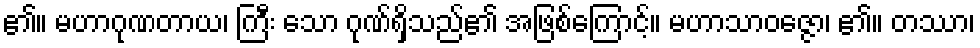
၏။ မဟာဂုဏတာယ၊ ကြီး သော ဂုဏ်ရှိသည်၏ အဖြစ်ကြောင့်။ မဟာသာဝဇ္ဇော၊ ၏။ တဿာ၊